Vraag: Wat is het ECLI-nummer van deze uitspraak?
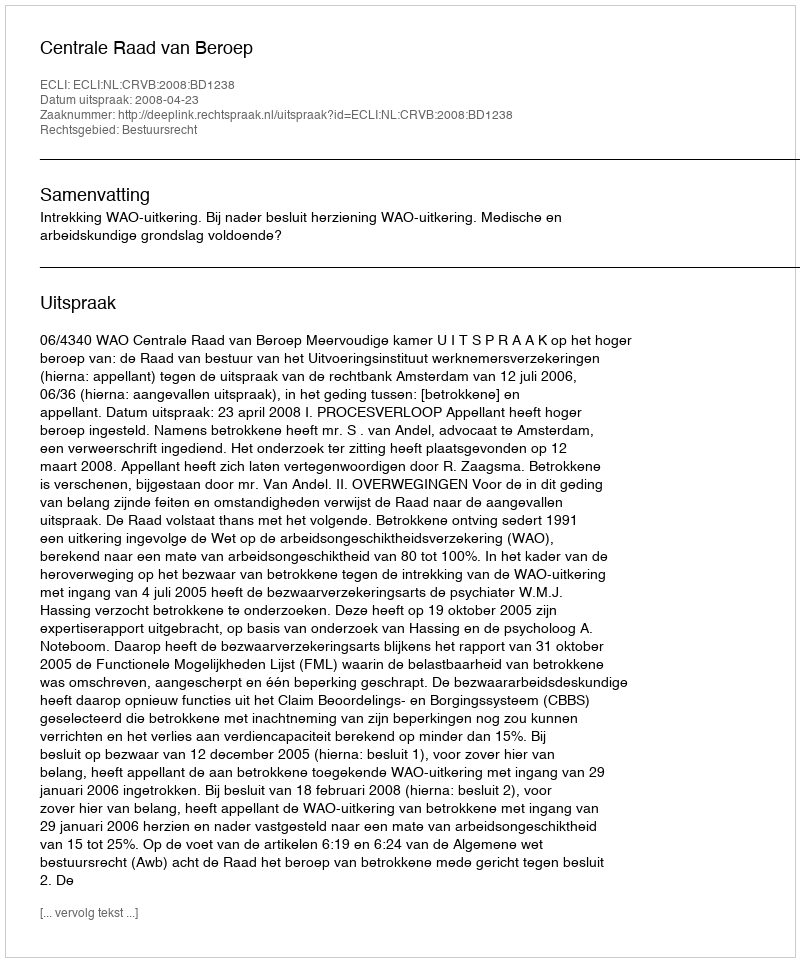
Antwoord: ECLI:NL:CRVB:2008:BD1238